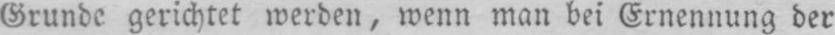
Grunde gerichtet werden, wenn man bei Ernennung der